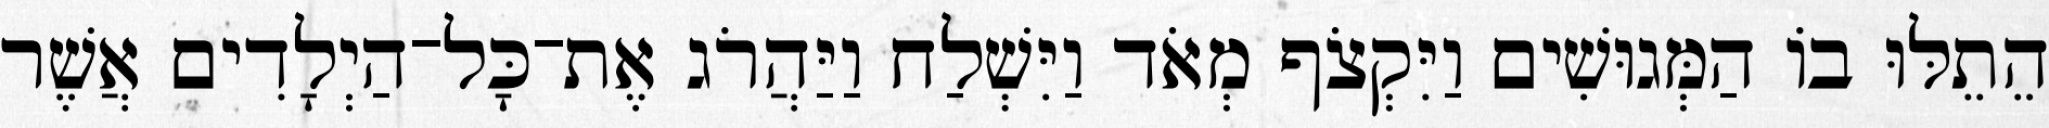
הֵתֵלּוּ בוֹ הַמְּגוּשִׁים וַיִּקְצֹף מְאֹד וַיִּשְׁלַח וַיַּהֲרֹג אֶת־כָּל־הַיְלָדִים אֲשֶׁר